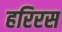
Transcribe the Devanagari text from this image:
हरिरस